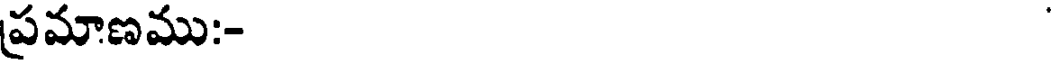
ప్రమాణము:-